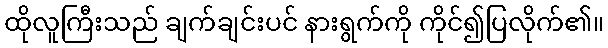
ထိုလူကြီးသည် ချက်ချင်းပင် နားရွက်ကို ကိုင်၍ပြလိုက်၏။